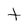
Character: t